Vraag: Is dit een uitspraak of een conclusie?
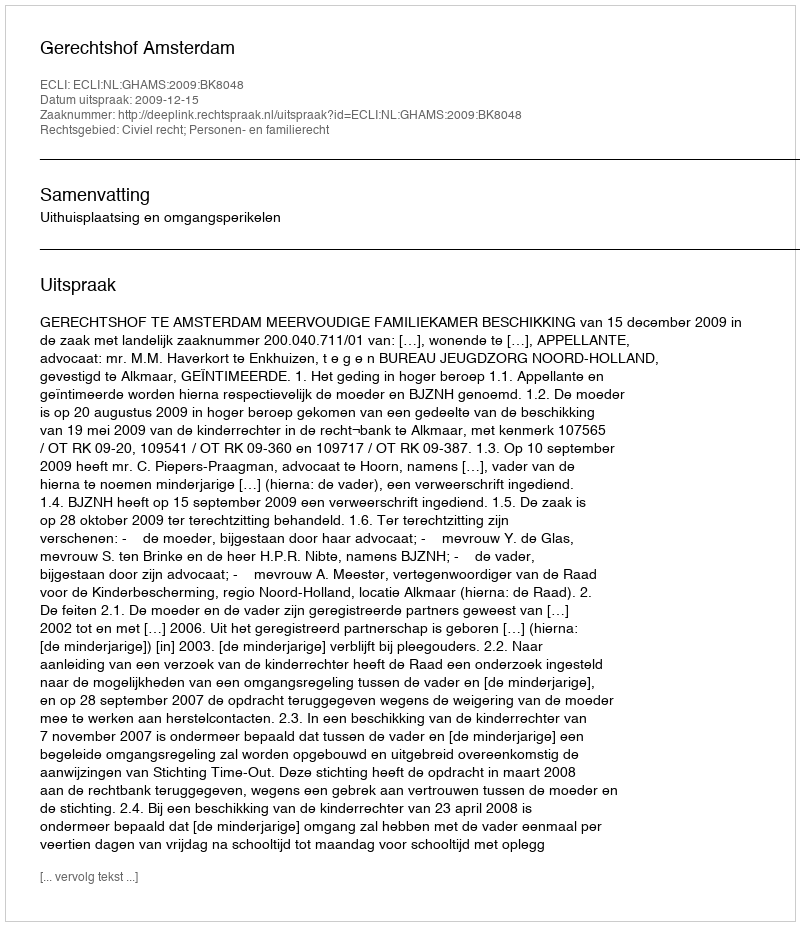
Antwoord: Uitspraak